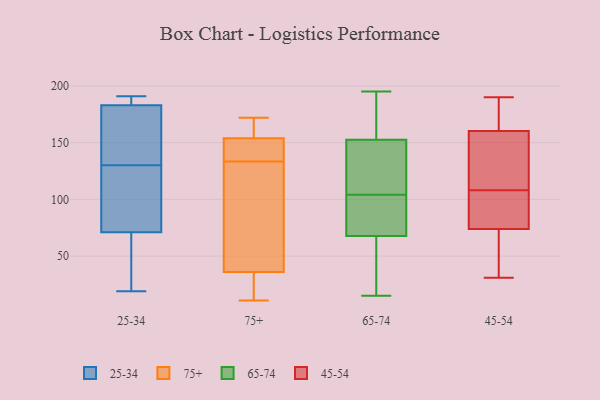
{"axis": {"x": "Website Visitors", "y": "Value"}, "legend": ["25-34", "45-54", "65-74", "75+"], "data": [{"x": "", "y": 191, "type": "25-34"}, {"x": "", "y": 185, "type": "25-34"}, {"x": "", "y": 138, "type": "25-34"}, {"x": "", "y": 182, "type": "25-34"}, {"x": "", "y": 171, "type": "25-34"}, {"x": "", "y": 187, "type": "25-34"}, {"x": "", "y": 71, "type": "25-34"}, {"x": "", "y": 168, "type": "25-34"}, {"x": "", "y": 183, "type": "25-34"}, {"x": "", "y": 43, "type": "25-34"}, {"x": "", "y": 35, "type": "25-34"}, {"x": "", "y": 104, "type": "25-34"}, {"x": "", "y": 44, "type": "25-34"}, {"x": "", "y": 106, "type": "25-34"}, {"x": "", "y": 190, "type": "25-34"}, {"x": "", "y": 122, "type": "25-34"}, {"x": "", "y": 19, "type": "25-34"}, {"x": "", "y": 82, "type": "25-34"}, {"x": "", "y": 131, "type": "75+"}, {"x": "", "y": 11, "type": "75+"}, {"x": "", "y": 99, "type": "75+"}, {"x": "", "y": 167, "type": "75+"}, {"x": "", "y": 36, "type": "75+"}, {"x": "", "y": 136, "type": "75+"}, {"x": "", "y": 172, "type": "75+"}, {"x": "", "y": 154, "type": "75+"}, {"x": "", "y": 29, "type": "75+"}, {"x": "", "y": 145, "type": "75+"}, {"x": "", "y": 148, "type": "65-74"}, {"x": "", "y": 187, "type": "65-74"}, {"x": "", "y": 76, "type": "65-74"}, {"x": "", "y": 40, "type": "65-74"}, {"x": "", "y": 65, "type": "65-74"}, {"x": "", "y": 81, "type": "65-74"}, {"x": "", "y": 154, "type": "65-74"}, {"x": "", "y": 106, "type": "65-74"}, {"x": "", "y": 144, "type": "65-74"}, {"x": "", "y": 104, "type": "65-74"}, {"x": "", "y": 49, "type": "65-74"}, {"x": "", "y": 53, "type": "65-74"}, {"x": "", "y": 195, "type": "65-74"}, {"x": "", "y": 15, "type": "65-74"}, {"x": "", "y": 164, "type": "65-74"}, {"x": "", "y": 76, "type": "65-74"}, {"x": "", "y": 86, "type": "65-74"}, {"x": "", "y": 154, "type": "65-74"}, {"x": "", "y": 109, "type": "65-74"}, {"x": "", "y": 89, "type": "45-54"}, {"x": "", "y": 174, "type": "45-54"}, {"x": "", "y": 31, "type": "45-54"}, {"x": "", "y": 190, "type": "45-54"}, {"x": "", "y": 72, "type": "45-54"}, {"x": "", "y": 80, "type": "45-54"}, {"x": "", "y": 119, "type": "45-54"}, {"x": "", "y": 109, "type": "45-54"}, {"x": "", "y": 108, "type": "45-54"}, {"x": "", "y": 181, "type": "45-54"}, {"x": "", "y": 41, "type": "45-54"}]}